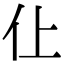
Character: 仩